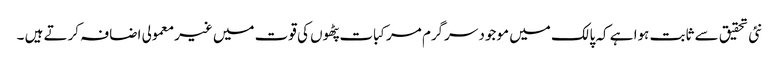
نئی تحقیق سے ثابت ہوا ہے کہ پالک میں موجود سرگرم مرکبات پٹھوں کی قوت میں غیرمعمولی اضافہ کرتے ہیں ۔